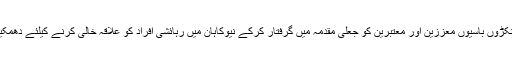
اُنہوں نے کہا کہ 2000ء میں نواب خیر بخش مری کو نیوکاہان کے سینکڑوں باسیوں معززین اور معتبرین کو جعلی مقدمہ میں گرفتار کرکے نیوکاہان میں رہائشی افراد کو علاقہ خالی کرنے کیلئے دھمکیاں دی گئیں تاہم دھمکیاں دینے والے اپنے عزائم میں کامیاب نہیں ہوئے۔